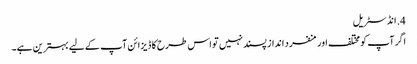
4. ​انڈسٹریل
اگر آپ کو مختلف اور منفرد انداز پسند نہیں تو اس طرح کا ڈیزائن آپ کے لیے بہترین ہے۔